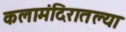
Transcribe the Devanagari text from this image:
कलामंदिरातल्या